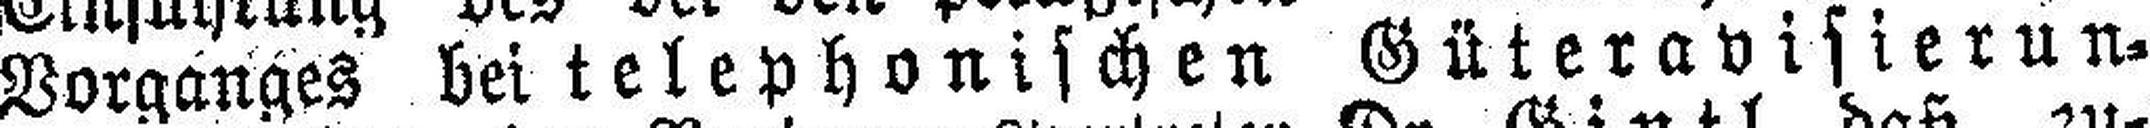
Vorganges bei telephonischen Güteravisierun¬